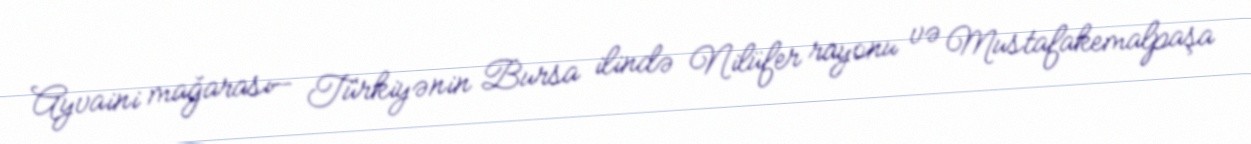
Ayvaini mağarası— Türkiyənin Bursa ilində Nilüfer rayonu və Mustafakemalpaşa